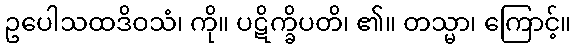
ဥပေါသထဒိဝသံ၊ ကို။ ပဋိက္ခိပတိ၊ ၏။ တသ္မာ၊ ကြောင့်။